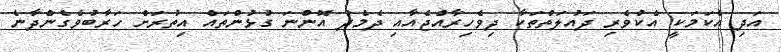
އަދި އެކަމަކީ އެކުވެރި ދައުލަތްތަކާ ދިވެހިރާއްޖެއާއި ދެމެދު އޮންނަ ގުޅުންތައް އިތުރަށް ހަރާބުވެގެންދާނެ